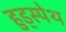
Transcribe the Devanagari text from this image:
हुड्स्पेथ